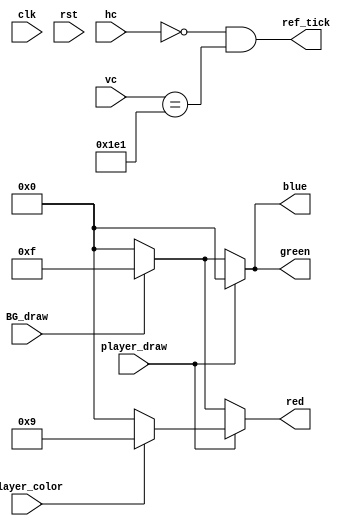
`timescale 1ns / 1ps
/***************************************************************************
* 
* Version:	1.0
*
* Notes: 	Graphics module. Sends color bits depending on request, so pictures
*				and models appear on the screen
*
***************************************************************************/
module Graphics(clk, rst, ref_tick, hc, vc, player_draw, player_color, BG_draw,
						red, green, blue);
	input 		clk, rst;
	input 		player_draw;
	input			player_color;
	input 		BG_draw;
	input [9:0]	hc, vc; 

	
	output wire 	  ref_tick;
	output reg [3:0] red, green, blue;
	
	// PARAMETERS
	
	parameter MAX_X = 640;
	parameter MAX_Y = 480;
	
	// Delays movement to every start of vsync or every refresh
	assign ref_tick = ((hc == 0) && (vc == MAX_Y + 1));
	
	
	/////////////////////////////////////////////////////////////////////
	//		VGA DISPLAY CONTROL														 //
	/////////////////////////////////////////////////////////////////////
	
	always@(*) begin 
		if(player_draw) begin
			if(player_color) begin
				red = 4'b1001;
				green = 4'b0000;
				blue = 4'b0000;
			end
			else begin
				red = 4'b0000;
				green = 4'b0000;
				blue = 4'b0000;
			end
		end
		else if(BG_draw) begin
			red = 4'b1111;
			green = 4'b1111;
			blue = 4'b1111;
		end
		else begin
			red = 4'b0000;
			green = 4'b0000;
			blue = 4'b0000;
		end	
	end

endmodule